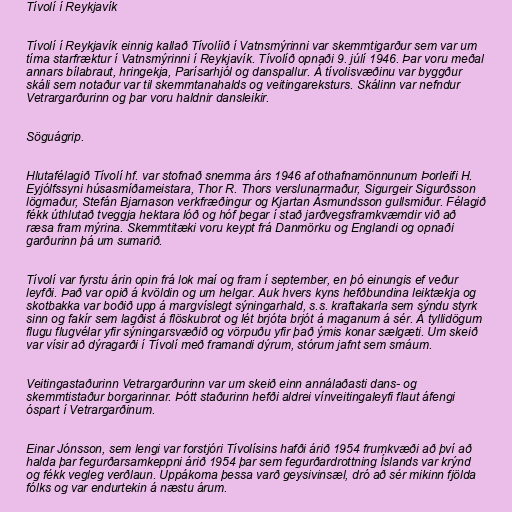
Tívolí í Reykjavík

Tívolí í Reykjavík einnig kallað Tívolíið í Vatnsmýrinni var skemmtigarður sem var um
tíma starfræktur í Vatnsmýrinni í Reykjavík. Tívolíð opnaði 9. júlí 1946. Þar voru meðal
annars bílabraut, hringekja, Parísarhjól og danspallur. Á tívolisvæðinu var byggður
skáli sem notaður var til skemmtanahalds og veitingareksturs. Skálinn var nefndur
Vetrargarðurinn og þar voru haldnir dansleikir.

Söguágrip.

Hlutafélagið Tívolí hf. var stofnað snemma árs 1946 af othafnamönnunum Þorleifi H.
Eyjólfssyni húsasmíðameistara, Thor R. Thors verslunarmaður, Sigurgeir Sigurðsson
lögmaður, Stefán Bjarnason verkfræðingur og Kjartan Ásmundsson gullsmiður. Félagið
fékk úthlutað tveggja hektara lóð og hóf þegar í stað jarðvegsframkvæmdir við að
ræsa fram mýrina. Skemmtitæki voru keypt frá Danmörku og Englandi og opnaði
garðurinn þá um sumarið.

Tívolí var fyrstu árin opin frá lok maí og fram í september, en þó einungis ef veður
leyfði. Það var opið á kvöldin og um helgar. Auk hvers kyns hefðbundina leiktækja og
skotbakka var boðið upp á margvíslegt sýningarhald, s.s. kraftakarla sem sýndu styrk
sinn og fakír sem lagðist á flöskubrot og lét brjóta brjót á maganum á sér. Á tyllidögum
flugu flugvélar yfir sýningarsvæðið og vörpuðu yfir það ýmis konar sælgæti. Um skeið
var vísir að dýragarði í Tívolí með framandi dýrum, stórum jafnt sem smáum.

Veitingastaðurinn Vetrargarðurinn var um skeið einn annálaðasti dans- og
skemmtistaður borgarinnar. Þótt staðurinn hefði aldrei vínveitingaleyfi flaut áfengi
óspart í Vetrargarðinum.

Einar Jónsson, sem lengi var forstjóri Tívolísins hafði árið 1954 frumkvæði að því að
halda þar fegurðarsamkeppni árið 1954 þar sem fegurðardrottning Íslands var krýnd
og fékk vegleg verðlaun. Uppákoma þessa varð geysivinsæl, dró að sér mikinn fjölda
fólks og var endurtekin á næstu árum.